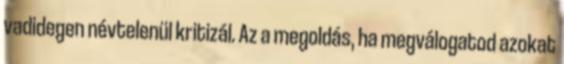
vadidegen névtelenül kritizál. Az a megoldás, ha megválogatod azokat